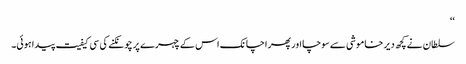
‘‘
سلطان نے کچھ دیر خاموشی سے سوچا اور پھر اچانک اس کے چہرے پر چونکنے کی سی کیفیت پیدا ہوئی۔